Annual report on the lock hospitals of the Madras Presidency
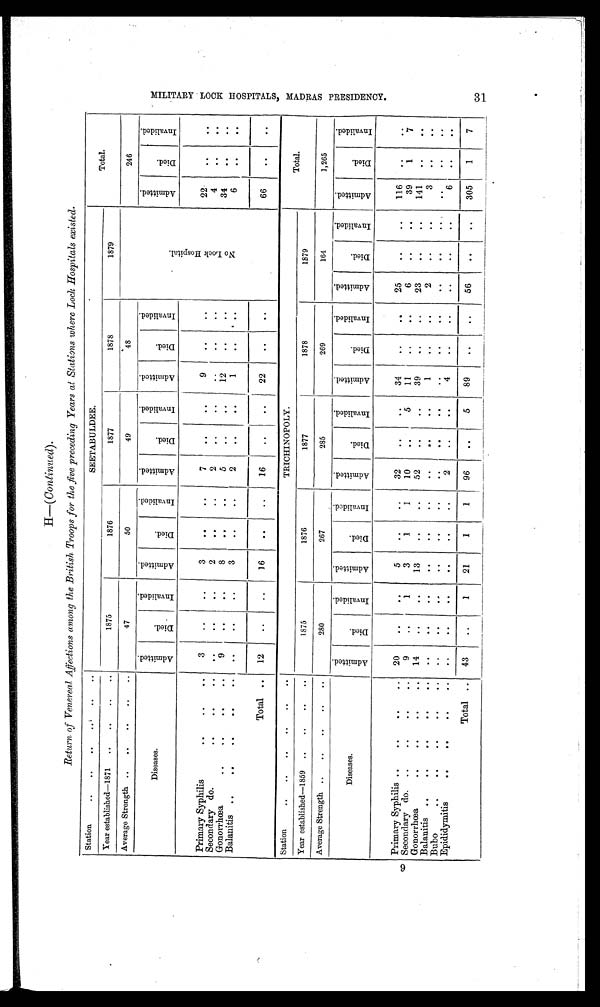
H—( Continued).
Return of Venereal Affections among the British Troops for the five preceding Years al Stations where Lock Hospitals existed.
Station
..
..
..
..
..
..
SEETABULDEE.
Total.
Year established—1871
..
..
. .
..
1875
1876
1877
1878
1879
Average Strength ..
..
. .
. .
..
47
50
49
48
N o L o c k H o s p i t a l .
246
Diseases.
A d m i t t e d .
D i e d .
I n v a l i d e d .
A d m i t t e d .
D i e d .
I n v a l i d e d .
A d m i t t e d .
D i e d .
I n v a l i d e d .
A d m i t t e d .
D i e d .
I n v a l i d e d .
A d m i t t e d .
D i e d .
I n v a l i d e d .
Primary Syphilis
. .
..
. .
3
. .
. .
3
. .
. .
7
. .
. .
9
. .
. .
22
. .
. .
4
. .
..
Secondary do.
. .
..
..
..
. .
..
2
. .
. .
2
..
..
. .
. .
..
34
. .
. .
Gonorrhœa
..
. .
. .
..
9
. .
. .
8
. .
. .
5
..
..
12
. .
. .
6
. .
. .
Balanitis
..
..
. .
. .
. .
. .
. .
. .
3
. .
. .
2
. .
. .
1
..
. .
Total ..
12
..
. .
16
. .
..
16
..
..
22
.. .
..
66
. .
. .
Station
..
..
..
..
TRICHINOPOLY.
Total.
Year established—1859
..
. .
..
..
1875
1876
1877
1878
1879
Average Strength ..
..
..
..
..
280
267
285
269
164
1,265
Diseases.
A d m i t t e d .
D i e d .
I n v a l i d e d .
A d m i t t e d .
D i e d .
I n v a l i d e d .
A d m i t t e d .
D i e d .
I n v a l i d e d .
A d m i t t e d .
D i e d .
I n v a l i d e d .
A d m i t t e d .
D i e d .
I n v a l i d e d .
A d m i t t e d .
D i e d .
I n v a l i d e d .
Primary Syphilis ..
. .
..
..
20
. .
. .
5
..
..
32
..
. .
34
..
. .
25
. .
. .
116
. .
..
Secondary do.
..
. .
. .
..
9
. .
1
3
1
1
10
. .
5
11
. .
. .
6
..
. .
39
1
7
Gonorrhœa
..
..
..
. .
14
..
. .
13
..
. .
52
..
..
39
..
..
23
. .
. .
141
. .
. .
Balanitis
..
..
. .
. .
..
..
. .
. .
. .
. .
. . ..
. .
. .
1
. .
. .
2
..
. .
3
. .
. .
Bubo
..
. .
. .
. .
. .
. .
. .
. .
. .
. .
. .
. .
. .
. .
. .
. .
. .
. .
. .
. .
..
Epididymitis
..
. .
. .
. .
. .
. .
. .
. .
. .
..
2
. .
. .
4
. .
. .
. .
..
. .
6
. .
. .
Total ..
43
. .
1
21
1
1
96
. .
5
89
. .
..
56
. .
..
305
1
7
1"4
M I L I T A R Y L O C K H O S P I T A L S M A D R A S P R E S I D E N C Y .